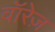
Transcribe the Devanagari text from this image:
वॉरेज़